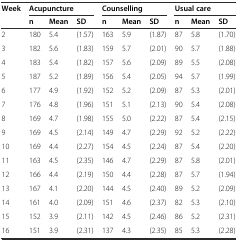
<table><thead><tr><td rowspan="2"><b>Week</b></td><td colspan="3"><b>Acupuncture</b></td><td colspan="3"><b>Counselling</b></td><td colspan="3"><b>Usual care</b></td></tr><tr><td><b>n</b></td><td><b>Mean</b></td><td><b>SD</b></td><td><b>n</b></td><td><b>Mean</b></td><td><b>SD</b></td><td><b>n</b></td><td><b>Mean</b></td><td><b>SD</b></td></tr></thead><tbody><tr><td>2</td><td>180</td><td>5.4</td><td>(1.57)</td><td>163</td><td>5.9</td><td>(1.87)</td><td>87</td><td>5.8</td><td>(1.70)</td></tr><tr><td>3</td><td>182</td><td>5.6</td><td>(1.83)</td><td>159</td><td>5.7</td><td>(2.01)</td><td>90</td><td>5.7</td><td>(1.88)</td></tr><tr><td>4</td><td>183</td><td>5.4</td><td>(1.82)</td><td>157</td><td>5.6</td><td>(2.09)</td><td>89</td><td>5.5</td><td>(2.08)</td></tr><tr><td>5</td><td>187</td><td>5.2</td><td>(1.89)</td><td>156</td><td>5.4</td><td>(2.05)</td><td>94</td><td>5.7</td><td>(1.99)</td></tr><tr><td>6</td><td>177</td><td>4.9</td><td>(1.92)</td><td>152</td><td>5.2</td><td>(2.09)</td><td>87</td><td>5.3</td><td>(2.01)</td></tr><tr><td>7</td><td>176</td><td>4.8</td><td>(1.96)</td><td>151</td><td>5.1</td><td>(2.13)</td><td>90</td><td>5.4</td><td>(2.08)</td></tr><tr><td>8</td><td>169</td><td>4.7</td><td>(1.98)</td><td>155</td><td>5.0</td><td>(2.22)</td><td>87</td><td>5.4</td><td>(2.15)</td></tr><tr><td>9</td><td>169</td><td>4.5</td><td>(2.14)</td><td>149</td><td>4.7</td><td>(2.29)</td><td>92</td><td>5.2</td><td>(2.22)</td></tr><tr><td>10</td><td>169</td><td>4.4</td><td>(2.27)</td><td>154</td><td>4.5</td><td>(2.24)</td><td>87</td><td>5.4</td><td>(2.20)</td></tr><tr><td>11</td><td>163</td><td>4.5</td><td>(2.35)</td><td>146</td><td>4.7</td><td>(2.29)</td><td>87</td><td>5.8</td><td>(2.01)</td></tr><tr><td>12</td><td>166</td><td>4.4</td><td>(2.19)</td><td>150</td><td>4.4</td><td>(2.28)</td><td>87</td><td>5.7</td><td>(1.94)</td></tr><tr><td>13</td><td>167</td><td>4.1</td><td>(2.20)</td><td>144</td><td>4.5</td><td>(2.40)</td><td>89</td><td>5.2</td><td>(2.09)</td></tr><tr><td>14</td><td>161</td><td>4.0</td><td>(2.09)</td><td>151</td><td>4.6</td><td>(2.37)</td><td>82</td><td>5.3</td><td>(2.10)</td></tr><tr><td>15</td><td>152</td><td>3.9</td><td>(2.11)</td><td>142</td><td>4.5</td><td>(2.46)</td><td>86</td><td>5.2</td><td>(2.31)</td></tr><tr><td>16</td><td>151</td><td>3.9</td><td>(2.31)</td><td>137</td><td>4.3</td><td>(2.35)</td><td>85</td><td>5.3</td><td>(2.28)</td></tr></tbody></table>